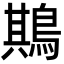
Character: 䳢